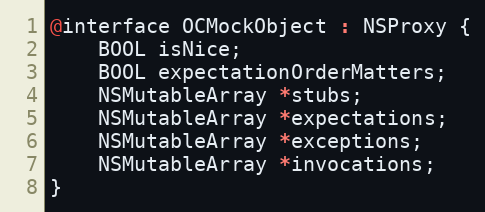
Language: C
@interface OCMockObject : NSProxy {
    BOOL isNice;
    BOOL expectationOrderMatters;
    NSMutableArray *stubs;
    NSMutableArray *expectations;
    NSMutableArray *exceptions;
    NSMutableArray *invocations;
}